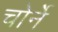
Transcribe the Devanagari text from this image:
चोर्ने